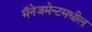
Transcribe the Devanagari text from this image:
मॅनेजमेन्टमधील